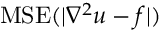
\mathrm { M S E } ( | \nabla ^ { 2 } u - f | )